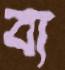
বা